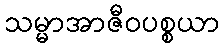
သမ္မာအာဇီဝပစ္စယာ